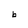
Character: b